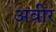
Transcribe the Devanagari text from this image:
अवीर